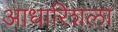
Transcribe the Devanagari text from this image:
आधारिशला